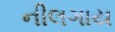
નીલગાય